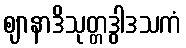
ဈာနာဒိသုတ္တဒွါဒသကံ